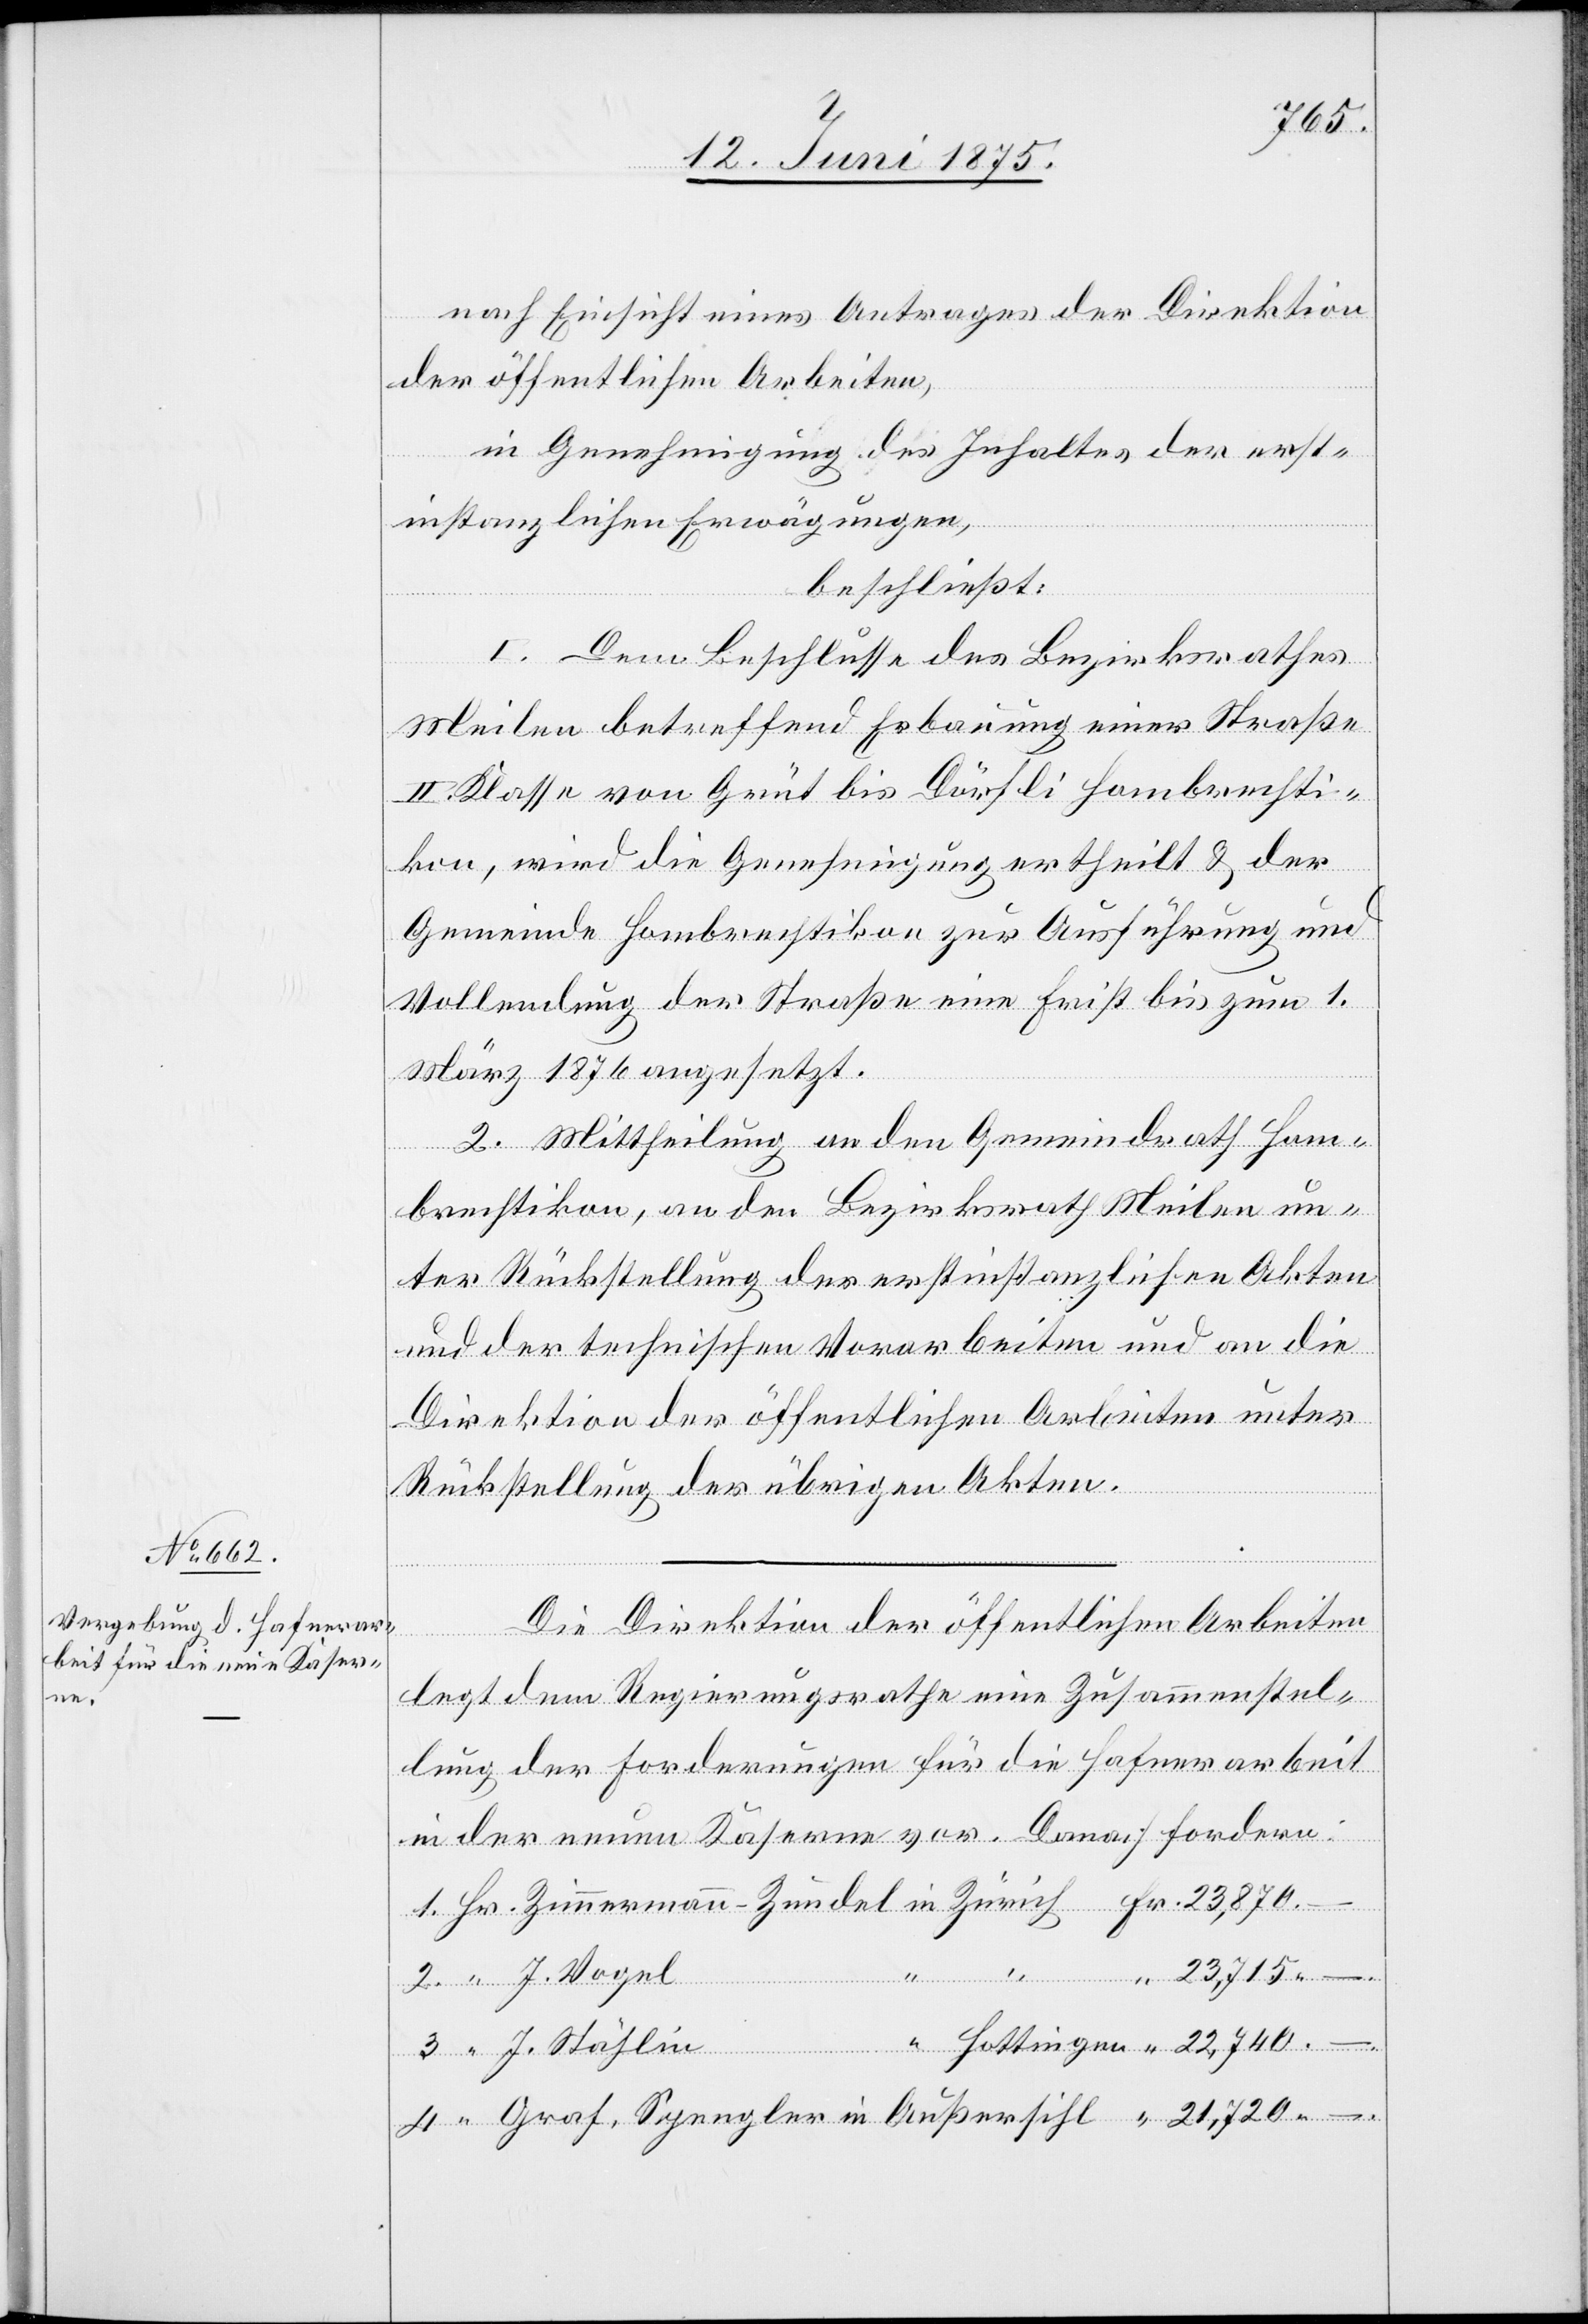
neuen

–.
nach Einsicht eines Antrages der Direktion
der öffentlichen Arbeiten,
in Genehmigung des Inhaltes der erst¬
Dan¬
instanzlichen Erwägungen,
beschließt:
I. Dem Beschlusse des Bezirksrathes
Meilen betreffend Erbauung einer Straße
II. Klasse von Grüt bis Dörfli - Hombrechti¬
kon, wird die Genehmigung ertheilt & der
Gemeinde Hombrechtikon zur Ausführung und
Vollendung der Straße eine Frist bis zum 1.
März 1876 angesetzt.
Mittheilung an den Gemeindrath Hom¬
brechtikon, an den Bezirksrath Meilen un¬
ter Rückstellung der erstinstanzlichen Akten
und der technischen Vorarbeiten und an die
Direktion der öffentlichen Arbeiten unter
Rückstellung der übrigen Akten.
in
Die Direktion der öffentlichen Arbeiten
legt dem Regierungsrathe eine Zusammenstel¬
lung der Forderungen für die Hafnerarbeit
Zimmerman¬